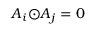
{ \boldsymbol { A } _ { i } } { \odot } { \boldsymbol { A } _ { j } } = 0